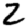
Digit: 2